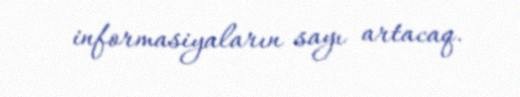
informasiyaların sayı artacaq.